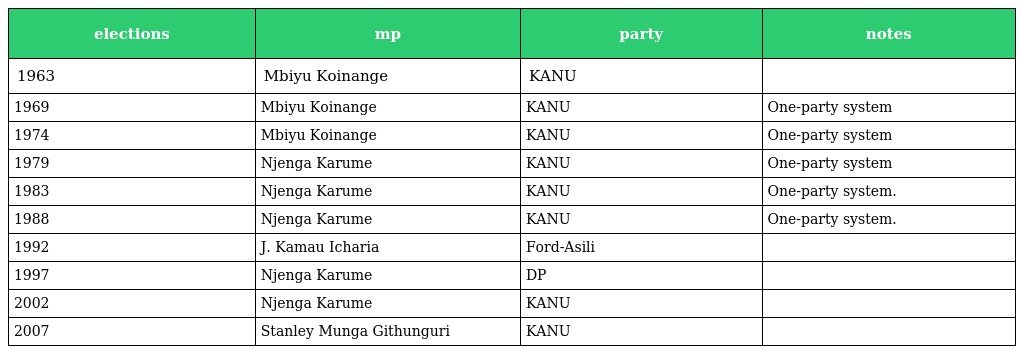
| elections | mp | party | notes |
 | --- | --- | --- | --- |
 | 1963 | Mbiyu Koinange | KANU |  |
 | 1969 | Mbiyu Koinange | KANU | One-party system |
 | 1974 | Mbiyu Koinange | KANU | One-party system |
 | 1979 | Njenga Karume | KANU | One-party system |
 | 1983 | Njenga Karume | KANU | One-party system. |
 | 1988 | Njenga Karume | KANU | One-party system. |
 | 1992 | J. Kamau Icharia | Ford-Asili |  |
 | 1997 | Njenga Karume | DP |  |
 | 2002 | Njenga Karume | KANU |  |
 | 2007 | Stanley Munga Githunguri | KANU |  |